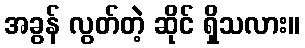
အခွန် လွတ်တဲ့ ဆိုင် ရှိသလား။